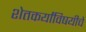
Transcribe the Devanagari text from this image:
शेतकर्यांविषयीचे